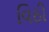
વિઠી